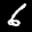
Label: 6